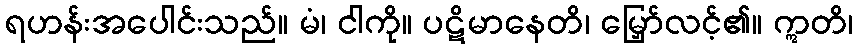
ရဟန်းအပေါင်းသည်။ မံ၊ ငါကို။ ပဋိမာနေတိ၊ မြှော်လင့်၏။ ဣတိ၊